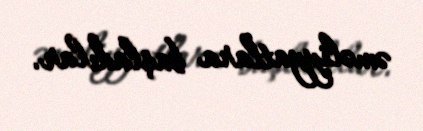
əməliyyatlara başladılar.